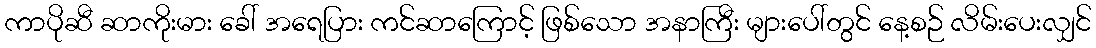
ကာပိုဆီ ဆာကိုးမား ခေါ် အရေပြား ကင်ဆာကြောင့် ဖြစ်သော အနာကြီး များပေါ်တွင် နေ့စဉ် လိမ်းပေးလျှင်